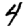
Digit: 4